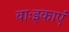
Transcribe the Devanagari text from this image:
वाःइकाएं